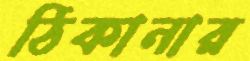
ঠিকানার